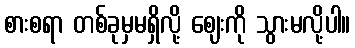
စားစရာ တစ်ခုမှမရှိလို့ ဈေးကို သွားမလို့ပါ။